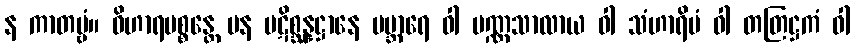
န ကာတဗ္ဗံ။ ဝိဟာရပစ္စန္တေ ပန ပဋိစ္ဆန္နဋ္ဌာနေ ပဗ္ဘာရေ ဝါ ပဏ္ဏသာလာယ ဝါ သံဟာရိမံ ဝါ တတြဋ္ဌကံ ဝါ